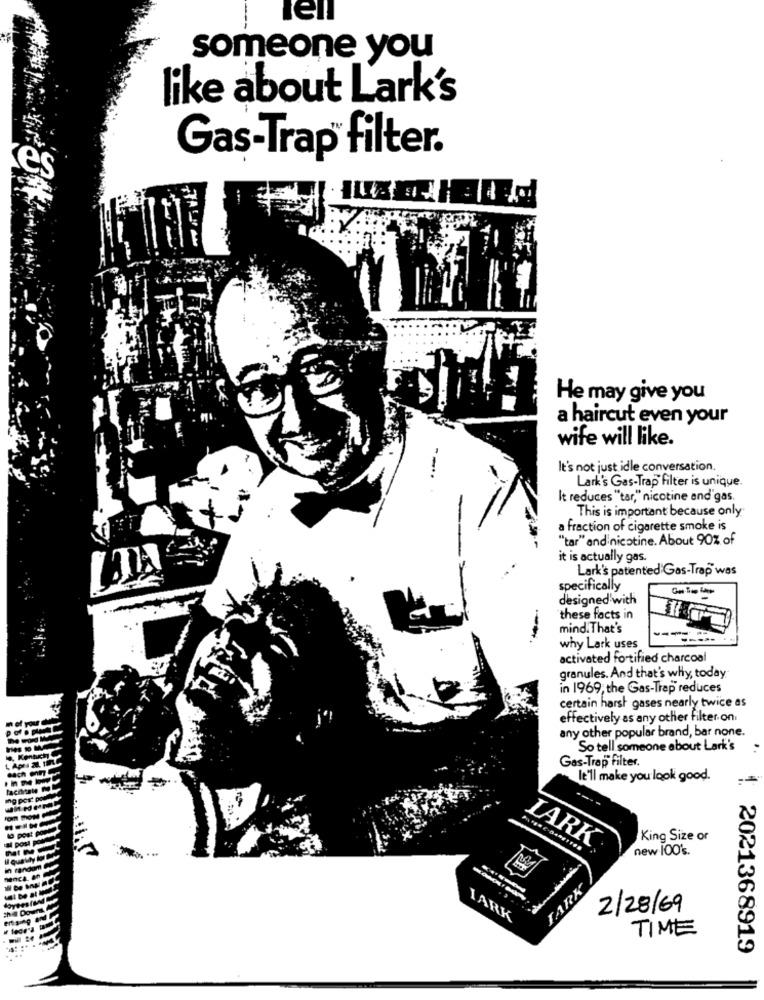
el
someone you
like about Lark's
Gas-Trap filter.
es
He may give you
a haircut even your
wife will like.
It's not just idle conversation.
Lark's Gas-Trap filter is unique.
It reduces "tar," nicotine and gas.
This is important because only:
a fraction of cigarette smoke is
"tar" and nicotine. About 90% of
it is actually gas.
Lark's patented Gas-Trap was
specifically
designed with
these facts in
mind. That's
why Lark uses
activated fortified charcoal
granules. And that's why, today
in 1969, the Gas-Trap reduces
certain harsh gases nearly twice as
effectively as any other filter on
any other popular brand, bar none.
So tell someone about Lark's
Gas-Trap filter.
It'll make you look good.
LARK
King Size or
new 100's.
TARK
2/28/69
LARK
TIME
1. 2021368919